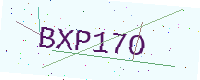
Text: BXP17O